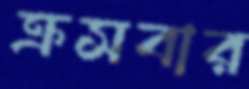
ক্রসবার